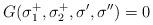
LaTeX: \begin{align*} G (\sigma_1^+, \sigma_2^+, \sigma', \sigma'') = 0 \end{align*}